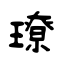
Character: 璙